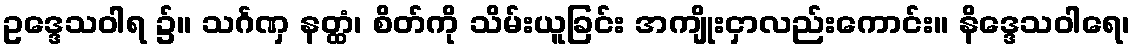
ဥဒ္ဒေသဝါရ ၌။ သင်္ဂဏှ နတ္ထံ၊ စိတ်ကို သိမ်းယူခြင်း အကျိုးငှာလည်းကောင်း။ နိဒ္ဒေသဝါရေ၊